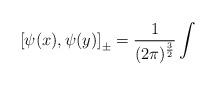
LaTeX: \begin{align*}\left[ \psi (x),\psi (y)\right] _{\pm }=\frac{1}{(2\pi )^{\frac{3}{2}}}\int\end{align*}